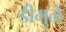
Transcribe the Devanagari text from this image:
डीमुळे